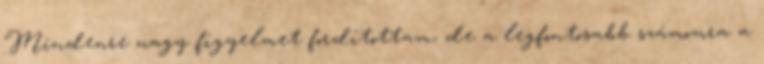
Mindenre nagy figyelmet fordítottam, de a legfontosabb számomra a